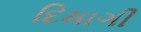
દિમાગી